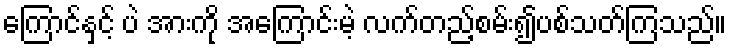
ကြောင်နှင့် ပဲ အားကို အကြောင်းမဲ့ လက်တည့်စမ်း၍ပစ်သတ်ကြသည်။